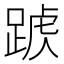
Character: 𨂑